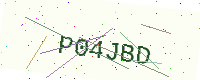
Text: P04JBD